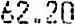
62.20